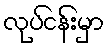
လုပ်ငန်းမှာ